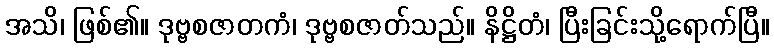
အသိ၊ ဖြစ်၏။ ဒုဗ္ဗစဇာတကံ၊ ဒုဗ္ဗစဇာတ်သည်။ နိဋ္ဌိတံ၊ ပြီးခြင်းသို့ရောက်ပြီ။